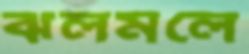
ঝলমলে